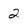
Character: 2